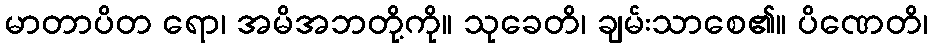
မာတာပိတ ရော၊ အမိအဘတို့ကို။ သုခေတိ၊ ချမ်းသာစေ၏။ ပိဏေတိ၊